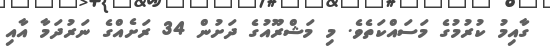
ގާއިމު ކުރުމުގެ މަސައްކަތެވެ. މި މަޝްރޫއުގެ ދަށުން 34 ރަށެއްގެ ނަރުދަމާ އާއި